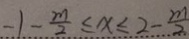
- 1 - \frac { m } { 2 } \leq x \leq 2 - \frac { m } { 2 }